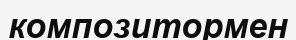
композитормен